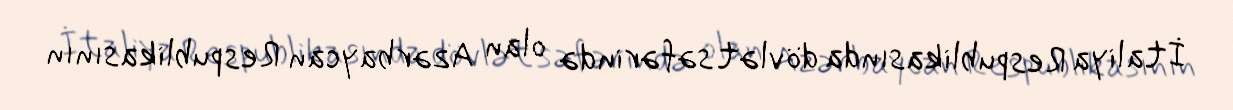
İtaliya Respublikasında dövlət səfərində olan Azərbaycan Respublikasının